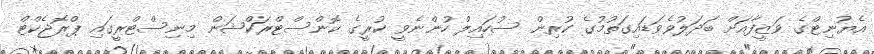
އެޔުނިޓްގެ ވަޒީފާއަށް ބަދަލުވެވަޑައިގަތުމުގެ ކުރިން ސުހައިލް ހުންނެވީ ކުރީގެ ކޮންސްޓްރަކްޝަން މިނިސްޓްރީގައި ޕްރޮޖެކްޓް